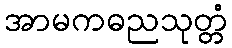
အာမကဓညသုတ္တံ